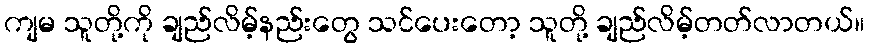
ကျမ သူတို့ကို ချည်လိမ့်နည်းတွေ သင်ပေးတော့ သူတို့ ချည်လိမ့်တတ်လာတယ်။